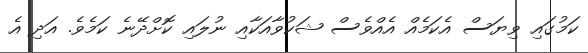
ކަމުގައި ވިޔަސް އެކަމެއް އެއްވެސް ޝަކުވާއަކާއި ނުލައި ކޮށްދޭނެ ކަމެވެ. އަދި އެ